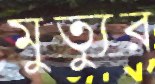
মুত্যুর